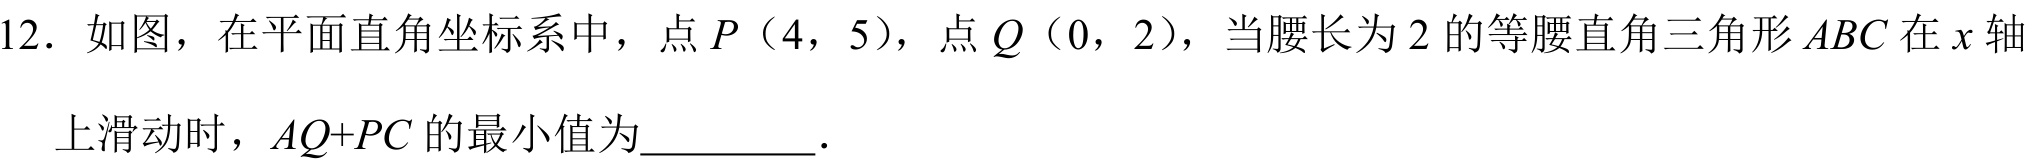
12．如图，在平面直角坐标系中，点\(P（4，5）\)，点\(Q（0，2）\)，当腰长为\(2\)的等腰直角三角形\(ABC\)在\(x\)轴
上滑动时，\(AQ + PC\)的最小值为________．